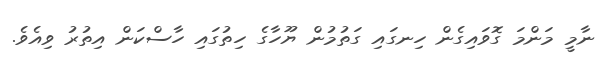
ނާމީ މަންމަ ގޮވައިގެން ހިނގައި ގަތުމުން ޔޫހާގެ ހިތުގައި ހާސްކަން އިތުރު ވިއެވެ.